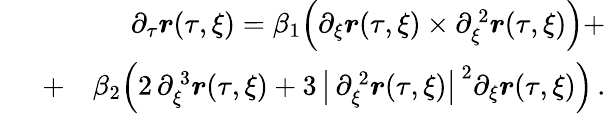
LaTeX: \begin{array}{rlr}{~}&{{}~}&{~\partial_{\tau}{\boldsymbol{r}}(\tau,\xi)=\beta_{1}\Bigl(\partial_{\xi}{\boldsymbol{r}}(\tau,\xi)\times\partial_{\xi}^{\, 2}{\boldsymbol{r}}(\tau,\xi)\Bigr)+}\\ {~~}&{{}+}&{\beta_{2}\Bigl(2\, \partial_{\xi}^{\, 3}{\boldsymbol{r}}(\tau,\xi)+{3}\, \bigl\vert\, \partial_{\xi}^{\, 2}{\boldsymbol{r}}(\tau,\xi)\bigr\vert^{\, 2}\partial_{\xi}{\boldsymbol{r}}(\tau,\xi)\Bigr)\, .}\end{array}